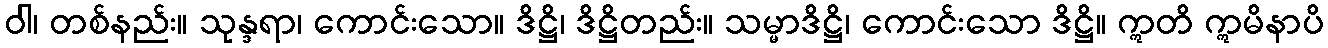
ဝါ၊ တစ်နည်း။ သုန္ဒရာ၊ ကောင်းသော။ ဒိဋ္ဌိ၊ ဒိဋ္ဌိတည်း။ သမ္မာဒိဋ္ဌိ၊ ကောင်းသော ဒိဋ္ဌိ။ ဣတိ ဣမိနာပိ